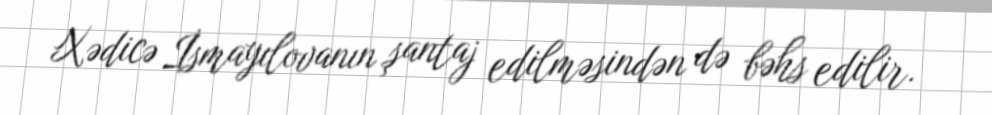
Xədicə İsmayılovanın şantaj edilməsindən də bəhs edilir.